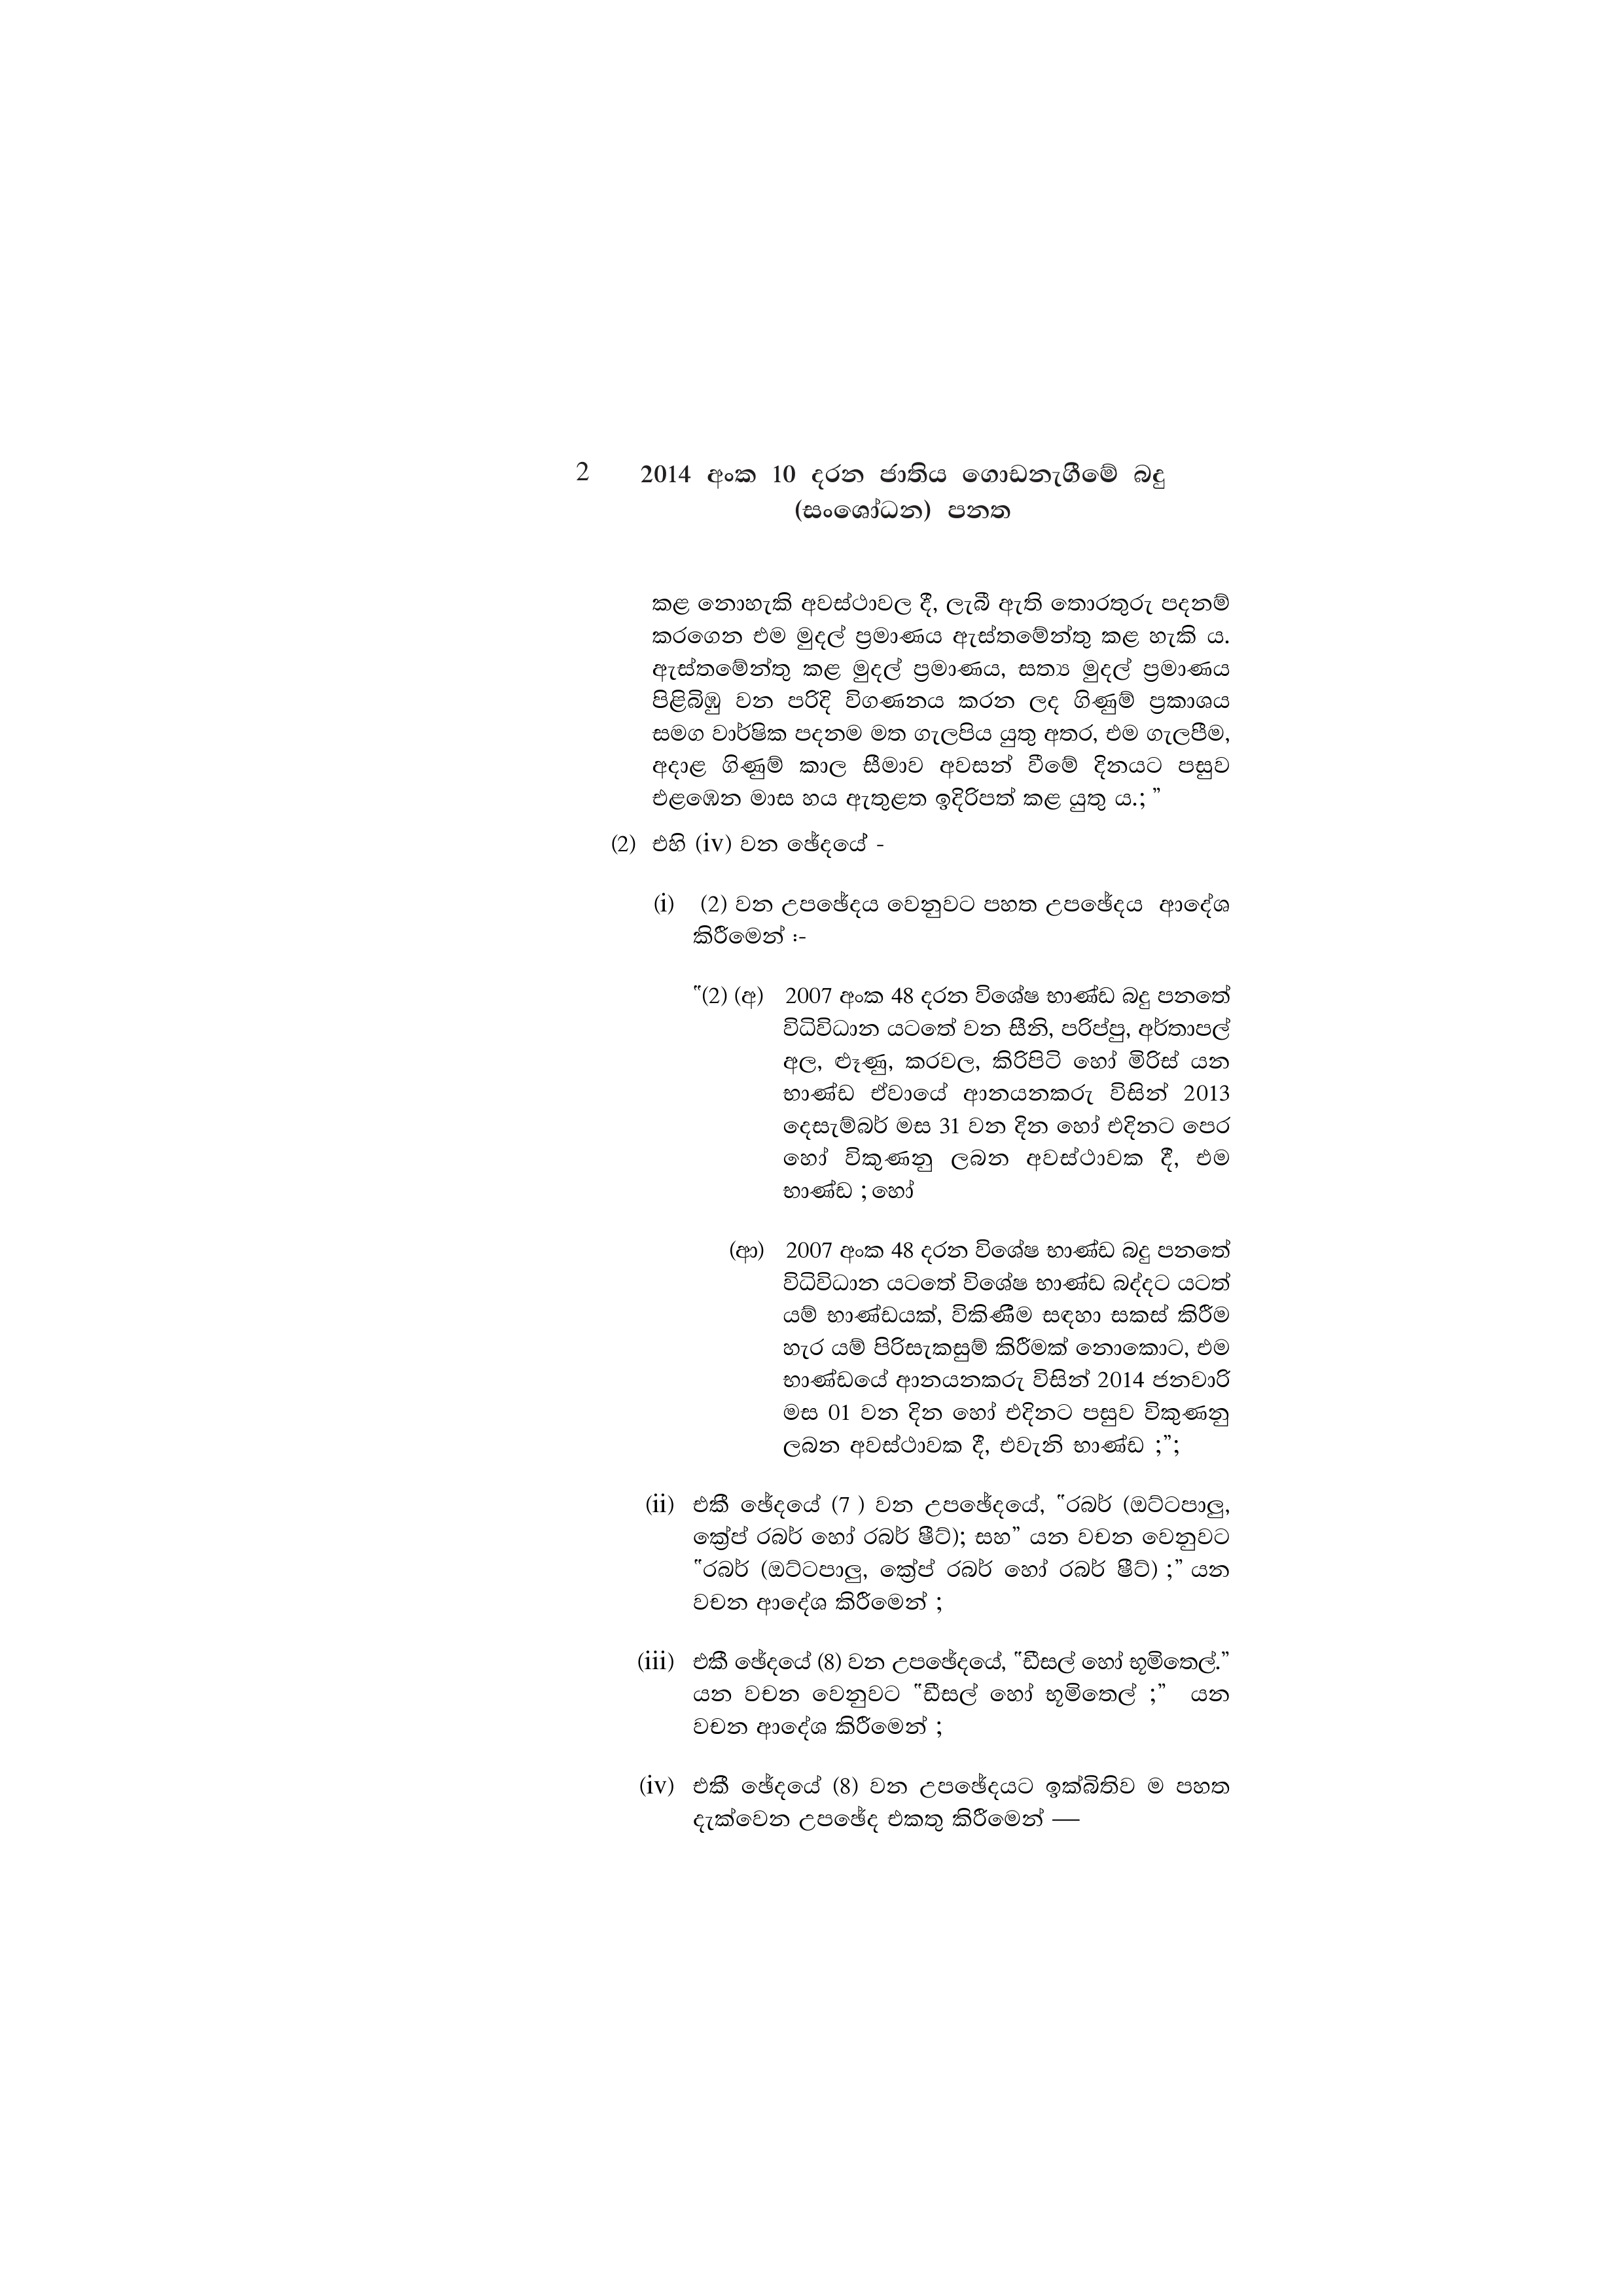
2 2014 අංක 10 දරන ජාතිය ගොඩනැගීමේ බදු
(සංශෝධන) පනත

කළ නොහැකි අවස්ථාවල දී, ලැබී ඇති තොරතුරු පදනම්
කරගෙන එම මුදල් ප්‍රමාණය ඇස්තමේන්තු කළ හැකි ය.
ඇස්තමේන්තු කළ මුදල් ප්‍රමාණය, සත්‍ය මුදල් ප්‍රමාණය
පිළිබිඹු වන පරිදි විගණනය කරන ලද ගිණුම් ප්‍රකාශය
සමග වාර්ෂික පදනම මත ගැලපිය යුතු අතර, එම ගැලපීම,
අදාළ ගිණුම් කාල සීමාව අවසන් වීමේ දිනයට පසුව
එළඹෙන මාස හය ඇතුළත ඉදිරිපත් කළ යුතු ය.;

(2) එහි (iv) වන ඡේදයේ -

(i) (2) වන උපඡේදය වෙනුවට පහත උපඡේදය ආදේශ
කිරීමෙන් :-

"(2) (අ) 2007 අංක 48 දරන විශේෂ භාණ්ඩ බදු පනතේ
විධිවිධාන යටතේ වන සීනි, පරිප්පු, අර්තාපල්
අල, ළූණු, කරවල, කිරිපිටි හෝ මිරිස් යන
භාණ්ඩ ඒවායේ ආනයනකරු විසින් 2013
දෙසැම්බර් මස 31 වන දින හෝ එදිනට පෙර
හෝ විකුණනු ලබන අවස්ථාවක දී, එම
භාණ්ඩ ; හෝ

(ආ) 2007 අංක 48 දරන විශේෂ භාණ්ඩ බදු පනතේ
විධිවිධාන යටතේ විශේෂ භාණ්ඩ බද්දට යටත්
යම් භාණ්ඩයක්, විකිණීම සඳහා සකස් කිරීම
හැර යම් පිරිසැකසුම් කිරීමක් නොකොට, එම
භාණ්ඩයේ ආනයනකරු විසින් 2014 ජනවාරි
මස 01 වන දින හෝ එදිනට පසුව විකුණනු
ලබන අවස්ථාවක දී, එවැනි භාණ්ඩ ;";

(ii) එකී ඡේදයේ (7 ) වන උපඡේදයේ, "රබර් (ඔට්ටපාලු,
ක්‍රේප් රබර් හෝ රබර් ෂීට්); සහ” යන වචන වෙනුවට
"රබර් (ඔට්ටපාලු, ක්‍රේප් රබර් හෝ රබර් ෂීට්) ;” යන
වචන ආදේශ කිරීමෙන් ;

(iii) එකී ඡේදයේ (8) වන උපඡේදයේ, "ඩීසල් හෝ භූමිතෙල්.”
යන වචන වෙනුවට "ඩීසල් හෝ භූමිතෙල් ;" යන
වචන ආදේශ කිරීමෙන් ;

(iv) එකී ඡේදයේ (8) වන උපඡේදයට ඉක්බිතිව ම පහත
දැක්වෙන උපඡේද එකතු කිරීමෙන්-